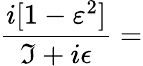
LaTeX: \frac{i[1-\varepsilon^{2}]}{\Im+i\epsilon}=